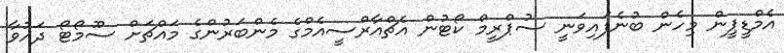
އެމްޑީޕީން މިހެން ބުނެފައިވަނީ ސުޕްރީމް ކޯޓުން އެޗްއާރްސީއެމްގެ މެންބަރުންގެ މައްޗަށް ސޫމޯޓޯ ދައުވާ